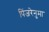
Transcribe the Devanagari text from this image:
पिंजरेनुमा